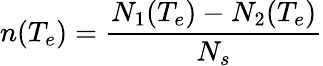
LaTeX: n(T_{e})=\frac{N_{1}(T_{e})-N_{2}(T_{e})}{N_{s}}